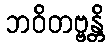
ဘဝိတဗ္ဗန္တိ